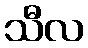
သီလ